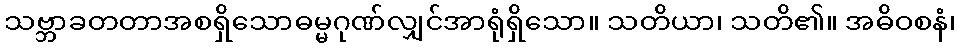
သဗ္ဘာခတတာအစရှိသောဓမ္မဂုဏ်လျှင်အာရုံရှိသော။ သတိယာ၊ သတိ၏။ အဓိဝစနံ၊